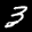
Label: 3